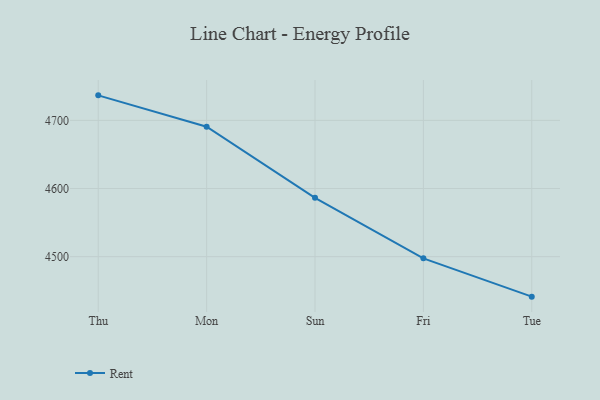
{"axis": {"x": "Day", "y": "Headcount"}, "legend": ["Rent"], "data": [{"x": "Thu", "y": 4736.7, "type": "Rent"}, {"x": "Mon", "y": 4690.6, "type": "Rent"}, {"x": "Sun", "y": 4586.3, "type": "Rent"}, {"x": "Fri", "y": 4497.5, "type": "Rent"}, {"x": "Tue", "y": 4441.3, "type": "Rent"}]}